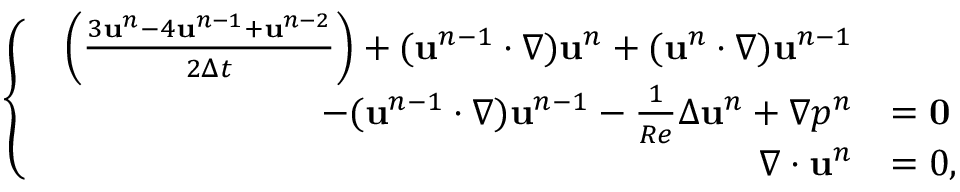
\begin{array} { r } { \left\{ \begin{array} { l l } { \begin{array} { r l } { \left( \frac { 3 \mathbf { u } ^ { n } - 4 \mathbf { u } ^ { n - 1 } + \mathbf { u } ^ { n - 2 } } { 2 \Delta t } \right) + ( \mathbf { u } ^ { n - 1 } \cdot \nabla ) \mathbf { u } ^ { n } + ( \mathbf { u } ^ { n } \cdot \nabla ) \mathbf { u } ^ { n - 1 } } & { } \\ { - ( \mathbf { u } ^ { n - 1 } \cdot \nabla ) \mathbf { u } ^ { n - 1 } - \frac { 1 } { R e } \Delta \mathbf { u } ^ { n } + \nabla p ^ { n } } & { = \bf { 0 } } \\ { \nabla \cdot \mathbf { u } ^ { n } } & { = 0 , } \end{array} } \end{array} \right. } \end{array}